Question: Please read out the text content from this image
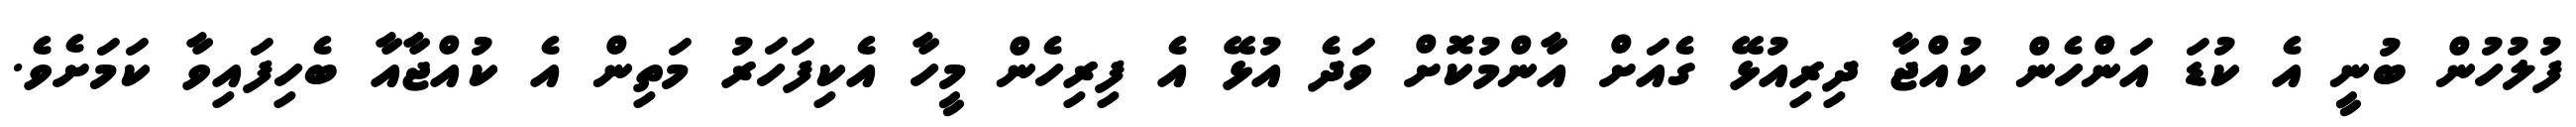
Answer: ފުލުހުން ބުނީ އެ ކުޑަ އަންހެން ކުއްޖާ ދިރިއުޅޭ ގެއަށް އާންމުކޮށް ވަދެ އުޅޭ އެ ފިރިހެން މީހާ އެކިފަހަރު މަތިން އެ ކުއްޖާއާ ބެހިފައިވާ ކަމަށެވެ.